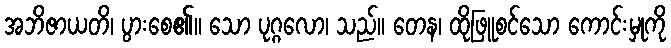
အဘိဇာယတိ၊ ပွားစေ၏။ သော ပုဂ္ဂလော၊ သည်။ တေန၊ ထိုဖြူစင်သော ကောင်းမှုကို